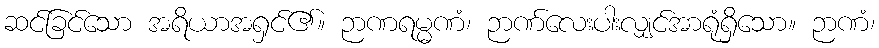
ဆင်ခြင်သော အရိယာအရှင်၏။ ဉာဏရမ္မဏံ၊ ဉာဏ်လေးပါးလျှင်အာရုံရှိသော။ ဉာဏံ၊